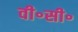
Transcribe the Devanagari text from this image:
वी॰सी॰